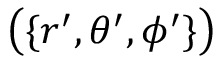
\big ( \{ r ^ { \prime } , \theta ^ { \prime } , \phi ^ { \prime } \} \big )